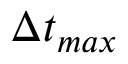
\Delta t _ { m a x }